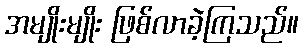
အမျိုးမျိုး ဖြစ်လာခဲ့ကြသည်။